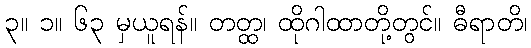
၃။ ၁။ ၆၃ မှယူရန်။ တတ္ထ၊ ထိုဂါထာတို့တွင်။ ဓီရာတိ၊